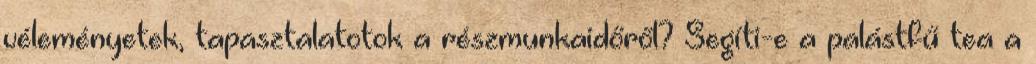
véleményetek, tapasztalatotok a részmunkaidőről? Segíti-e a palástfű tea a